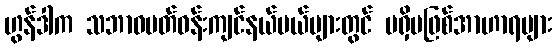
ဟွန်ဒါက သဘာဝပတ်ဝန်းကျင်နယ်ပယ်များတွင် မရှိမဖြစ်အာဟာရများ